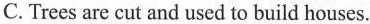
C. Trees are cut and used to build houses.